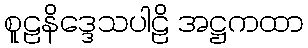
စူဠနိဒ္ဒေသပါဠိ အဋ္ဌကထာ